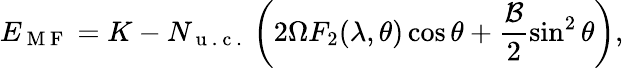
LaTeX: E_{\mathrm{~M~F~}}=K-N_{\mathrm{~u~.~c~.~}}\left(2\Omega F_{2}(\lambda,\theta)\cos\theta+\frac{\mathcal{B}}{2}\sin^{2}\theta\right),